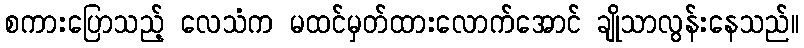
စကားပြောသည့် လေသံက မထင်မှတ်ထားလောက်အောင် ချိုသာလွန်းနေသည်။